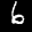
Label: 6